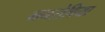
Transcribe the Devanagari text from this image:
मनरोविया